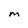
Character: M